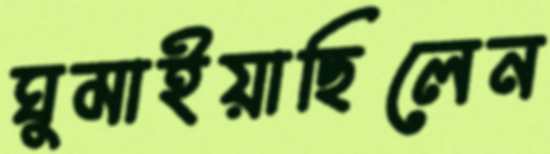
ঘুমাইয়াছিলেন